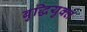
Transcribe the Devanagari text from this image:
बुद्धियुक्‍त